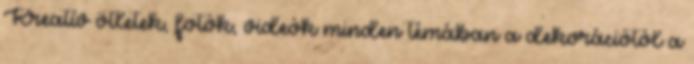
Kreatív ötletek, fotók, videók minden témában a dekorációtól a